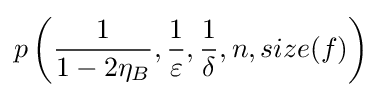
p\left({\frac {1}{1-2\eta _{B}}},{\frac {1}{\varepsilon }},{\frac {1}{\delta }},n,size(f)\right)